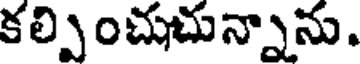
కల్పించుచున్నాను.